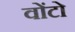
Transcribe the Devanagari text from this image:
वोंटो